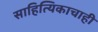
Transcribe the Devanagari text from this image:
साहित्यिकाचाही